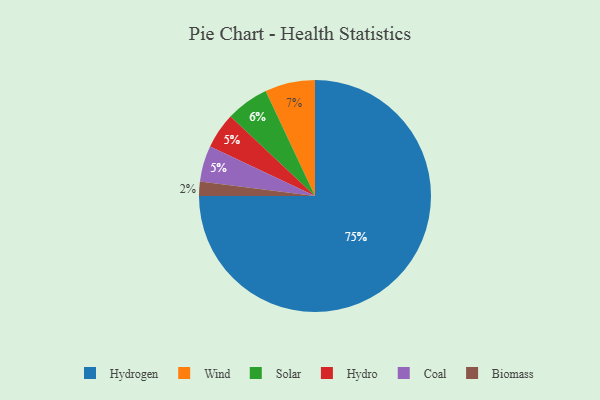
{"axis": {"x": "Category", "y": "Percentage"}, "legend": ["Biomass", "Coal", "Hydro", "Hydrogen", "Solar", "Wind"], "data": [{"x": "Hydro", "y": 5, "type": "Hydro"}, {"x": "Coal", "y": 5, "type": "Coal"}, {"x": "Wind", "y": 7, "type": "Wind"}, {"x": "Hydrogen", "y": 75, "type": "Hydrogen"}, {"x": "Solar", "y": 6, "type": "Solar"}, {"x": "Biomass", "y": 2, "type": "Biomass"}]}